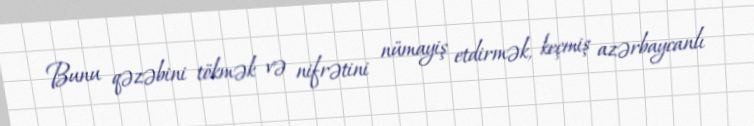
Bunu qəzəbini tökmək və nifrətini nümayiş etdirmək, keçmiş azərbaycanlı